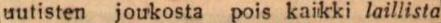
uutisten joukosta pois kaikki laillista